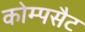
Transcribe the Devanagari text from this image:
कोम्पसैट